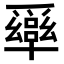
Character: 𠧎